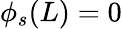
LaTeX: \phi_{s}(L)=0